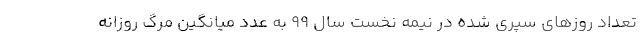
تعداد روزهای سپری شده در نیمه نخست سال ۹۹ به عدد میانگین مرگ روزانه